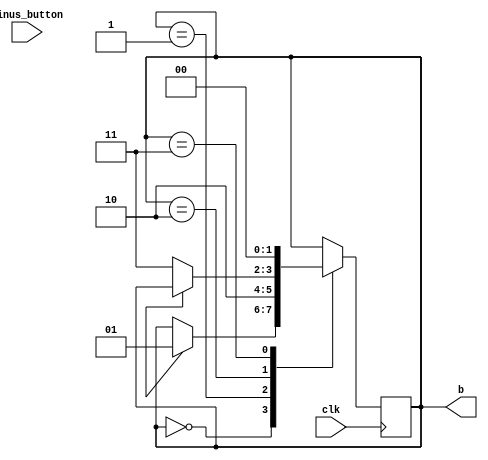
module minus_oneshot ( clk, minus_button, b );
input clk;
input minus_button;
output [1:0] b;
reg [1:0] b;
always @ (posedge clk) begin
case(b)
2'b00:
if(a == 1'b1)
b <= 2'b01;
2'b01:
b <= 2'b10;
2'b10:
if(a == 1'b0)
b <= 2'b11;
2'b11:
b <= 2'b00;
default:
b <= 2'b00;
endcase
end
endmodule